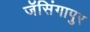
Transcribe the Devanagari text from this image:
जॅसिंगापुर